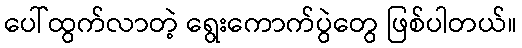
ပေါ်ထွက်လာတဲ့ ရွေးကောက်ပွဲတွေ ဖြစ်ပါတယ်။